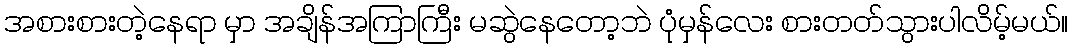
အစားစားတဲ့နေရာ မှာ အချိန်အကြာကြီး မဆွဲနေတော့ဘဲ ပုံမှန်လေး စားတတ်သွားပါလိမ့်မယ်။